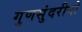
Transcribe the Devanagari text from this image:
गुणसुंदरीनो